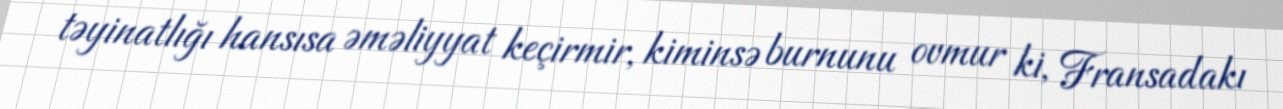
təyinatlığı hansısa əməliyyat keçirmir, kiminsə burnunu ovmur ki, Fransadakı